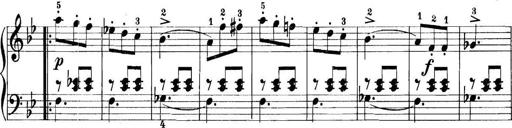
Title: 11 Sonatinas
Composer: Anton Diabelli